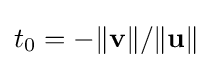
t_{0}=-\Vert \mathbf {v} \Vert /\Vert \mathbf {u} \Vert